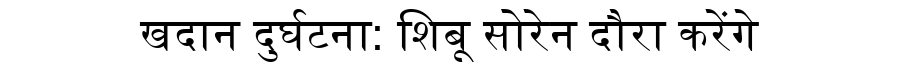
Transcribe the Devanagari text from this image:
खदान दुर्घटना: शिबू सोरेन दौरा करेंगे